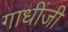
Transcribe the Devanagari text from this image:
गाधींजी